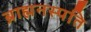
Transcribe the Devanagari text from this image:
ब्राह्मनस्पति